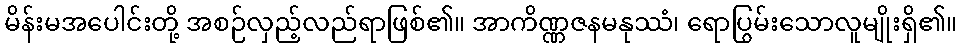
မိန်းမအပေါင်းတို့ အစဉ်လှည့်လည်ရာဖြစ်၏။ အာကိဏ္ဏဇနမနုဿံ၊ ရောပြွမ်းသောလူမျိုးရှိ၏။